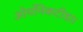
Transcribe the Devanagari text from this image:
ओर्थोनेकटीडा।